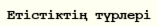
Етістіктің түрлері